Lunatic asylums Punjab 1868-1880 - 1868-1880
Year: 1868
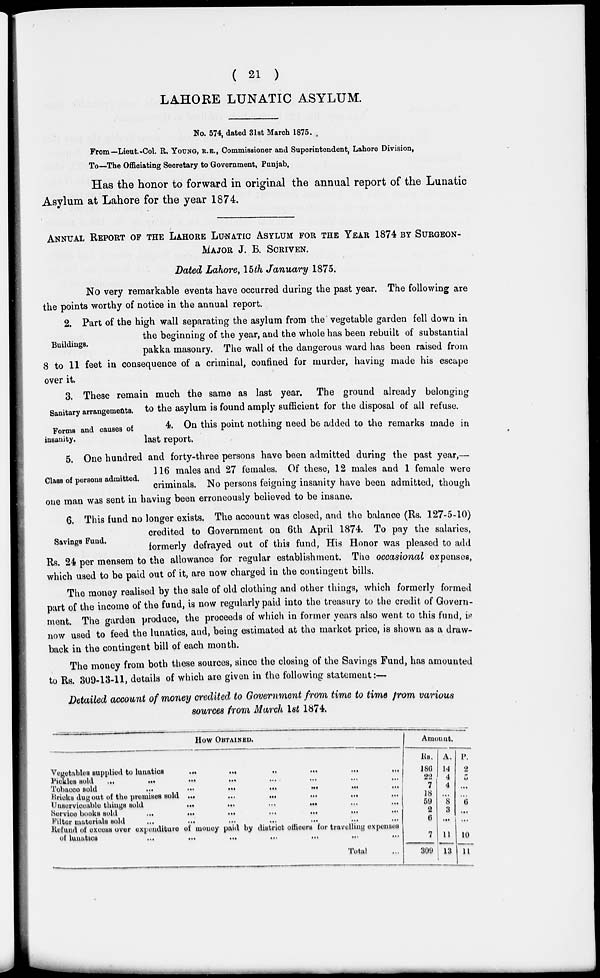
( 21 )
LAHORE LUNATIC ASYLUM.
No. 574, dated 31st March 1875.
From—Lieut.-Col. R. YOUNG, R.E., Commissioner and Superintendent, Lahore Division,
To—The Officiating Secretary to Government, Punjab.
Has the honor to forward in original the annual report of the Lunatic
Asylum at Lahore for the year 1874.
ANNUAL REPORT OF THE LAHORE LUNATIC ASYLUM FOR THE YEAR 1874 BY SURGEON-
MAJOR J. B. SCRIVEN.
Dated Lahore, 15th January 1875.
No very remarkable events have occurred during the past year. The following are
the points worthy of notice in the annual report.
Buildings.
2. Part of the high wall separating the asylum from the vegetable garden fell down in
the beginning of the year, and the whole has been rebuilt of substantial
pakka masonry. The wall of the dangerous ward has been raised from
8 to 11 feet in consequence of a criminal, confined for murder, having made his escape
over it.
Sanitary arrangements.
3. These remain much the same as last year. The ground already belonging
to the asylum is found amply sufficient for the disposal of all refuse.
Forms and causes of
insanity.
4. On this point nothing need be added to the remarks made in
last report.
Class of persons admitted.
5. One hundred and forty-three persons have been admitted during the past year,—
116 males and 27 females. Of these, 12 males and 1 female were
criminals. No persons feigning insanity have been admitted, though
one man was sent in having been erroneously believed to be insane.
Savings Fund.
6. This fund no longer exists. The account was closed, and the balance (Rs. 127-5-10)
credited to Government on 6th April 1874. To pay the salaries,
formerly defrayed out of this fund, His Honor was pleased to add
Rs. 24 per mensem to the allowance for regular establishment. The occasional expenses,
which used to be paid out of it, are now charged in the contingent bills.
The money realised by the sale of old clothing and other things, which formerly formed
part of the income of the fund, is now regularly paid into the treasury to the credit of Govern-
ment. The garden produce, the proceeds of which in former years also went to this fund, is
now used to feed the lunatics, and, being estimated at the market price, is shown as a draw-
back in the contingent bill of each month.
The money from both these sources, since the closing of the Savings Fund, has amounted
to Rs. 309-13-11, details of which are given in the following statement:—
Detailed account of money credited to Government from time to time from various
sources from March 1st 1874.
HOW OBTAINED.
Vegetables supplied to lunatics
...
...
...
...
...
...
Pickles sold ... ... ... ...
Tobacco sold
...
...
...
...
...
...
...
Bricks dug out of the premises sold ...
...
...
...
...
Unserviceable things sold
...
...
... ...
Service books sold
...
...
... ... ... ...
Filter materials sold ... ... ... ... ... ...
Refund of excess over expenditure of money paid by district officers for travelling expenses
of lunatics
...
...
...
Total ...
Amount.
Rs.
186
22
7
18
59
2
6
7
309
A.
14
4
4
...
8
3
...
11
13
P.
2
5
...
...
6
...
...
10
11